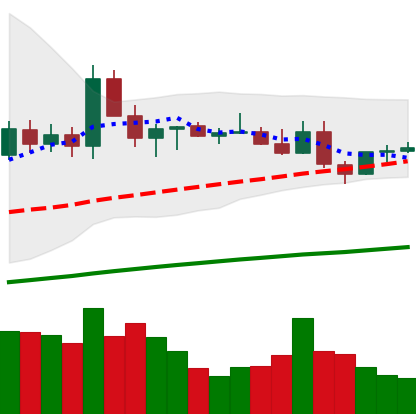
Ticker: ETC-USD
Chart end date: 2021-03-28
Forward return: 28.685%
Label: up_7plus